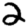
Digit: 2